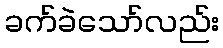
ခက်ခဲသော်လည်း